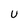
Character: U